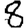
Digit: 8